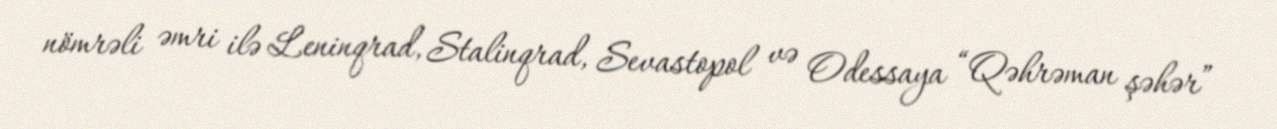
nömrəli əmri ilə Leninqrad, Stalinqrad, Sevastopol və Odessaya “Qəhrəman şəhər”